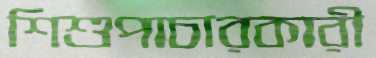
শিশুপাচারকারী